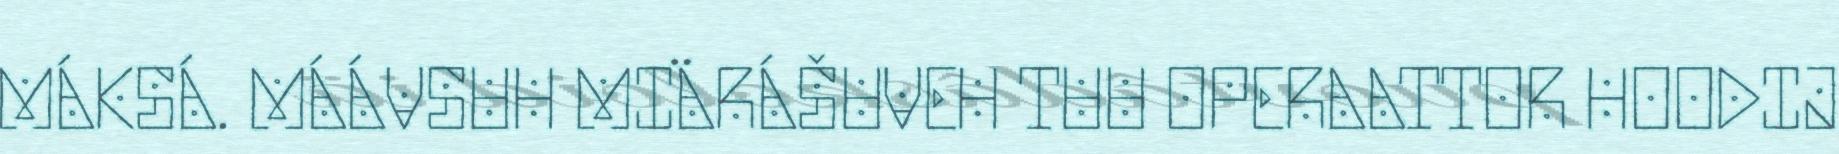
MÁKSÁ. MÁÁVSUH MIÄRÁŠUVEH TUU OPERAATTOR HOODIJ